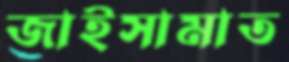
জাইসামাত